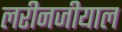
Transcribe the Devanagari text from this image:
लरीनजीयाल